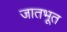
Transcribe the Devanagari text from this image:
जातभूत